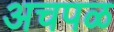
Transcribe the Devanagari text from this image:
अचपळ